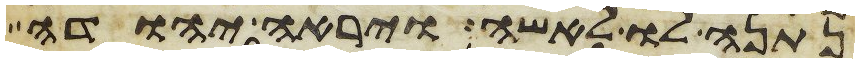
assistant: נתנה לו לאשה ויראה יהודה